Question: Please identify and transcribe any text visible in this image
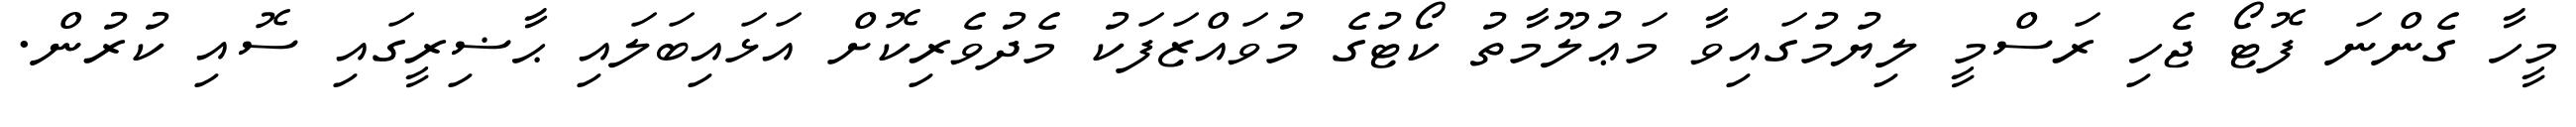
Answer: މީހާ ގެންނަ ފޮޓޯ ޖެހި ރަސްމީ ލިޔުމުގައިވާ މަޢުލޫމާތު ކޯޓުގެ މުވައްޒަފަކު މެދުވެރިކޮށް އަޅައިބަލައި ޙާޟިރީގައި ސޮއި ކުރުން.